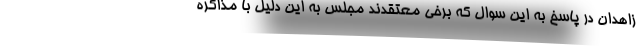
زاهدان در پاسخ به این سوال که برخی معتقدند مجلس به این دلیل با مذاکره